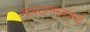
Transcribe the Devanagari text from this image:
गावठाणाजवळ